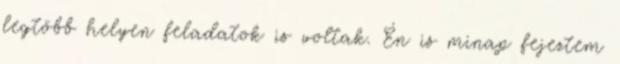
legtöbb helyen feladatok is voltak. Én is minap fejeztem